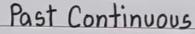
Past Continuous